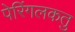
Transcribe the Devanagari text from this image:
पेरिंगलकतु